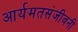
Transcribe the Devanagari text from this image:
आर्यमतसंजीवनी